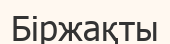
Біржақты